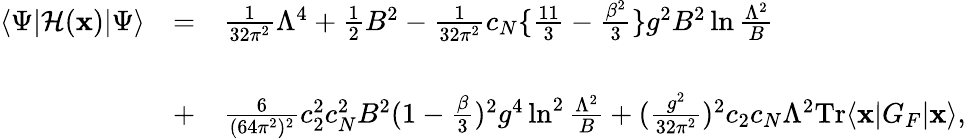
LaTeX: \begin{array}{lll}{{\langle\Psi|{\cal H}({\mathbf x})|\Psi\rangle}}&{{=}}&{{\frac{1}{32\pi^{2}}\Lambda^{4}+\frac{1}{2}B^{2}-\frac{1}{32\pi^{2}}c_{N}\{ \frac{11}{3}-\frac{\beta^{2}}{3}\} g^{2}B^{2}\ln\frac{\Lambda^{2}}{B}}}\\ {{}}&{{}}&{{}}\\ {{}}&{{+}}&{{\frac{6}{(64\pi^{2})^{2}}c_{2}^{2}c_{N}^{2}B^{2}(1-\frac{\beta}{3})^{2}g^{4}\ln^{2}\frac{\Lambda^{2}}{B}+(\frac{g^{2}}{32\pi^{2}})^{2}c_{2}c_{N}\Lambda^{2}\mathrm{Tr}\langle{\mathbf x}|G_{F}|{\mathbf x}\rangle,}}\end{array}